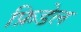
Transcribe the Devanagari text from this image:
फ्रिडेल